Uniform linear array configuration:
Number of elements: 48
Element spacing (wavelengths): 0.75
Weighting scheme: binomial
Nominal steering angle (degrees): -60
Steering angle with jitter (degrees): -61.114
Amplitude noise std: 0.05
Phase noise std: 0.05

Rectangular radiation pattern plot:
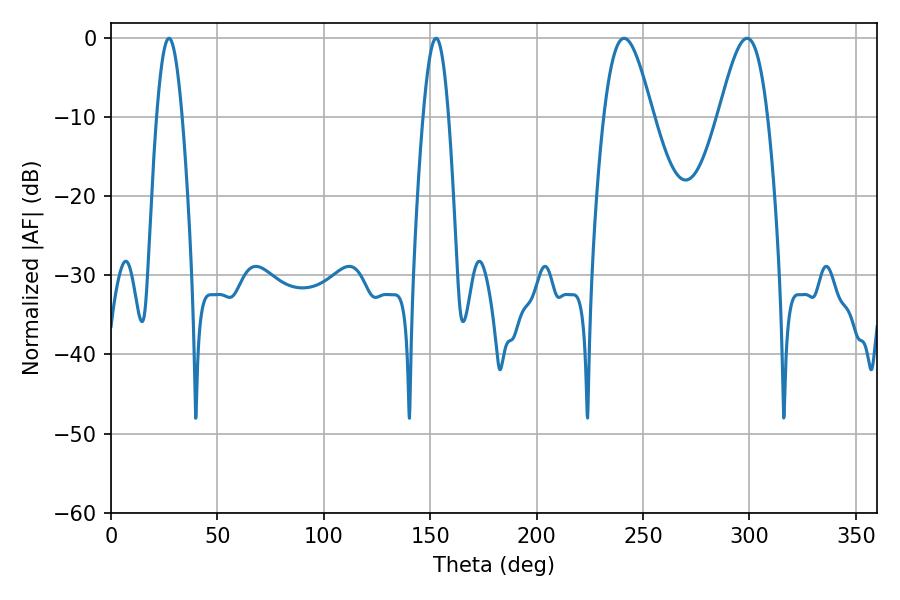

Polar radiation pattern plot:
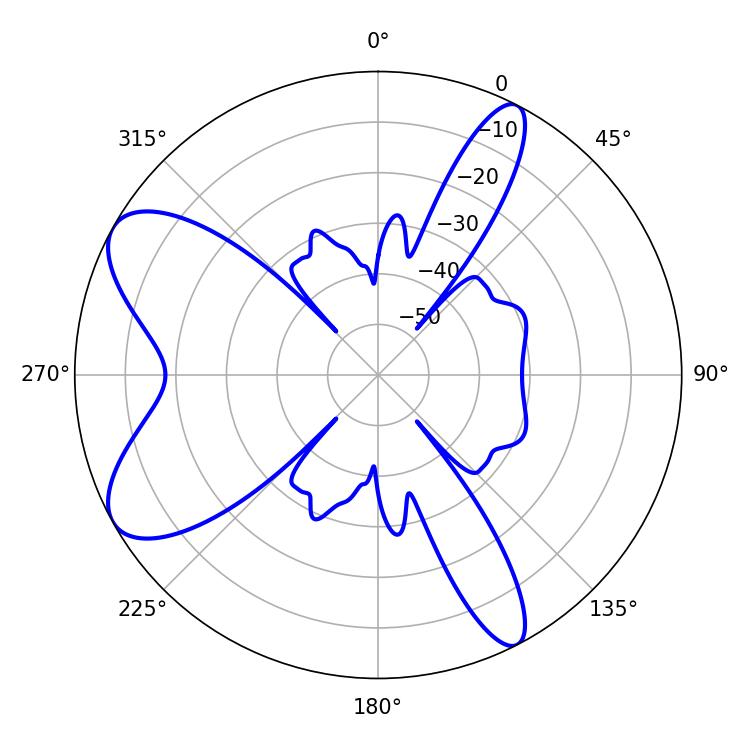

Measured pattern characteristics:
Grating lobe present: TRUE
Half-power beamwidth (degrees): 12.24
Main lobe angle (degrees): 241.02